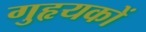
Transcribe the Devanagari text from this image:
गुहृयकों